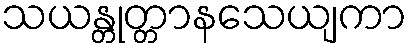
သယန္တုတ္တာနသေယျကာ